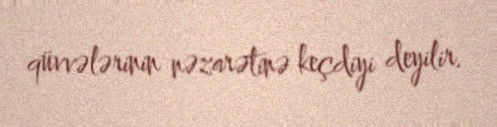
qüvvələrinin nəzarətinə keçdiyi deyilir.